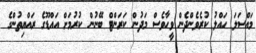
މައްސަލަ ހައްލު ކުރެވެންދެން ވީހާވެސް މަދުން ކަރަންޓް ބޭނުން ކުރުމަށް އައްޑޫގެ ރައްޔިތުންގެ